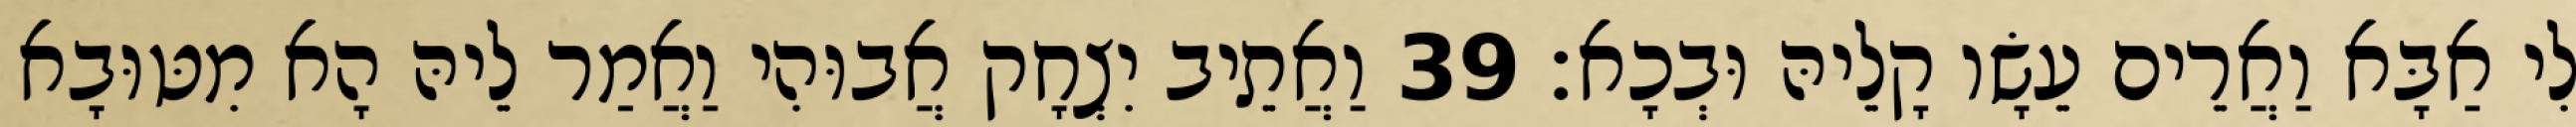
לִי אַבָּא וַאֲרֵים עֵשָׂו קָלֵיהּ וּבְכָא׃ 39 וַאֲתֵיב יִצְחָק אֲבוּהִי וַאֲמַר לֵיהּ הָא מִטּוּבָא